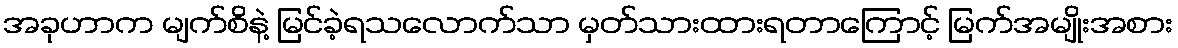
အခုဟာက မျက်စိနဲ့ မြင်ခဲ့ရသလောက်သာ မှတ်သားထားရတာကြောင့် မြက်အမျိုးအစား